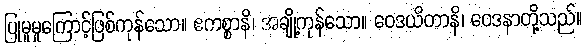
ပြုမူမှုကြောင့်ဖြစ်ကုန်သော။ ဧကစ္စာနိ၊ အချို့ကုန်သော။ ဝေဒယိတာနိ၊ ဝေဒနာတို့သည်။